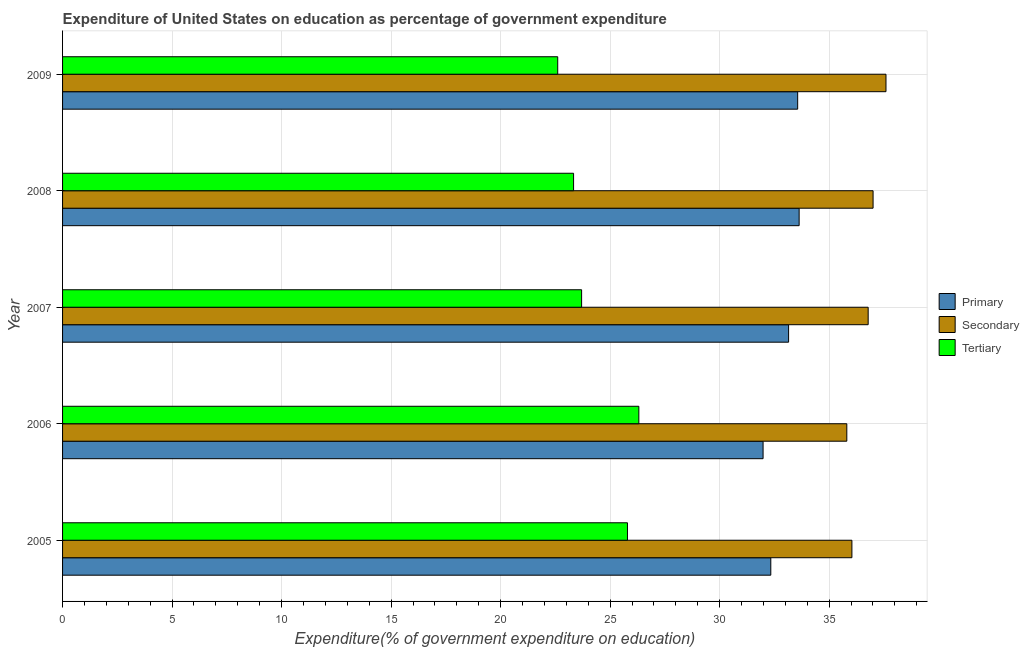
| Year | Primary | Secondary | Tertiary |
 | --- | --- | --- | --- |
 | 2005 | 32.3 | 36 | 25.8 |
 | 2006 | 32 | 35.8 | 26.3 |
 | 2007 | 33.1 | 36.8 | 23.7 |
 | 2008 | 33.6 | 37 | 23.3 |
 | 2009 | 33.6 | 37.6 | 22.6 |